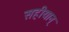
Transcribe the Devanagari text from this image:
सहीयान्